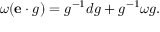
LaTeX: \omega ( { \mathbf { e } } \cdot g ) = g ^ { - 1 } d g + g ^ { - 1 } \omega g .